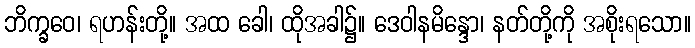
ဘိက္ခဝေ၊ ရဟန်းတို့။ အထ ခေါ၊ ထိုအခါ၌။ ဒေဝါနမိန္ဒော၊ နတ်တို့ကို အစိုးရသော။